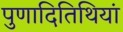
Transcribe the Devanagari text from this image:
पुणादितिथियां